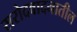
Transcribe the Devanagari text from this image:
सरोदवादनातील